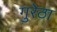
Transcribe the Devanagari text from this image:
गुरेठा